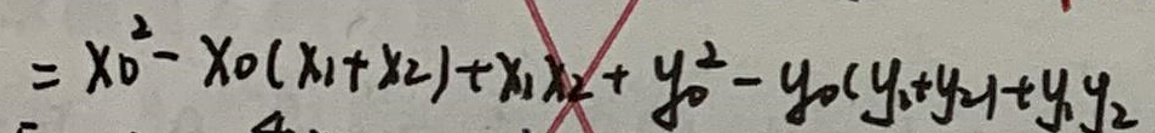
$= x_{0}^{2}-x_{0}(x_{1}+x_{2})+x_{1}x_{2}+y_{0}^{2}-y_{0}(y_{1}+y_{2})$